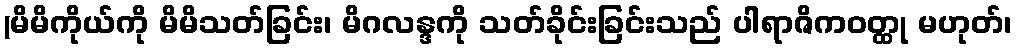
(မိမိကိုယ်ကို မိမိသတ်ခြင်း၊ မိဂလန္ဒကို သတ်ခိုင်းခြင်းသည် ပါရာဇိကဝတ္ထု မဟုတ်၊